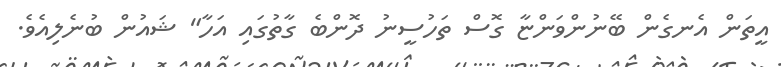
އީތަން އެނގެން ބޭނުންވަންޏާ ގޮސް ތަހުސީނު ދޮންބެ ގާތުގައި އަހާ" ޝައުން ބުނެލިއެވެ.